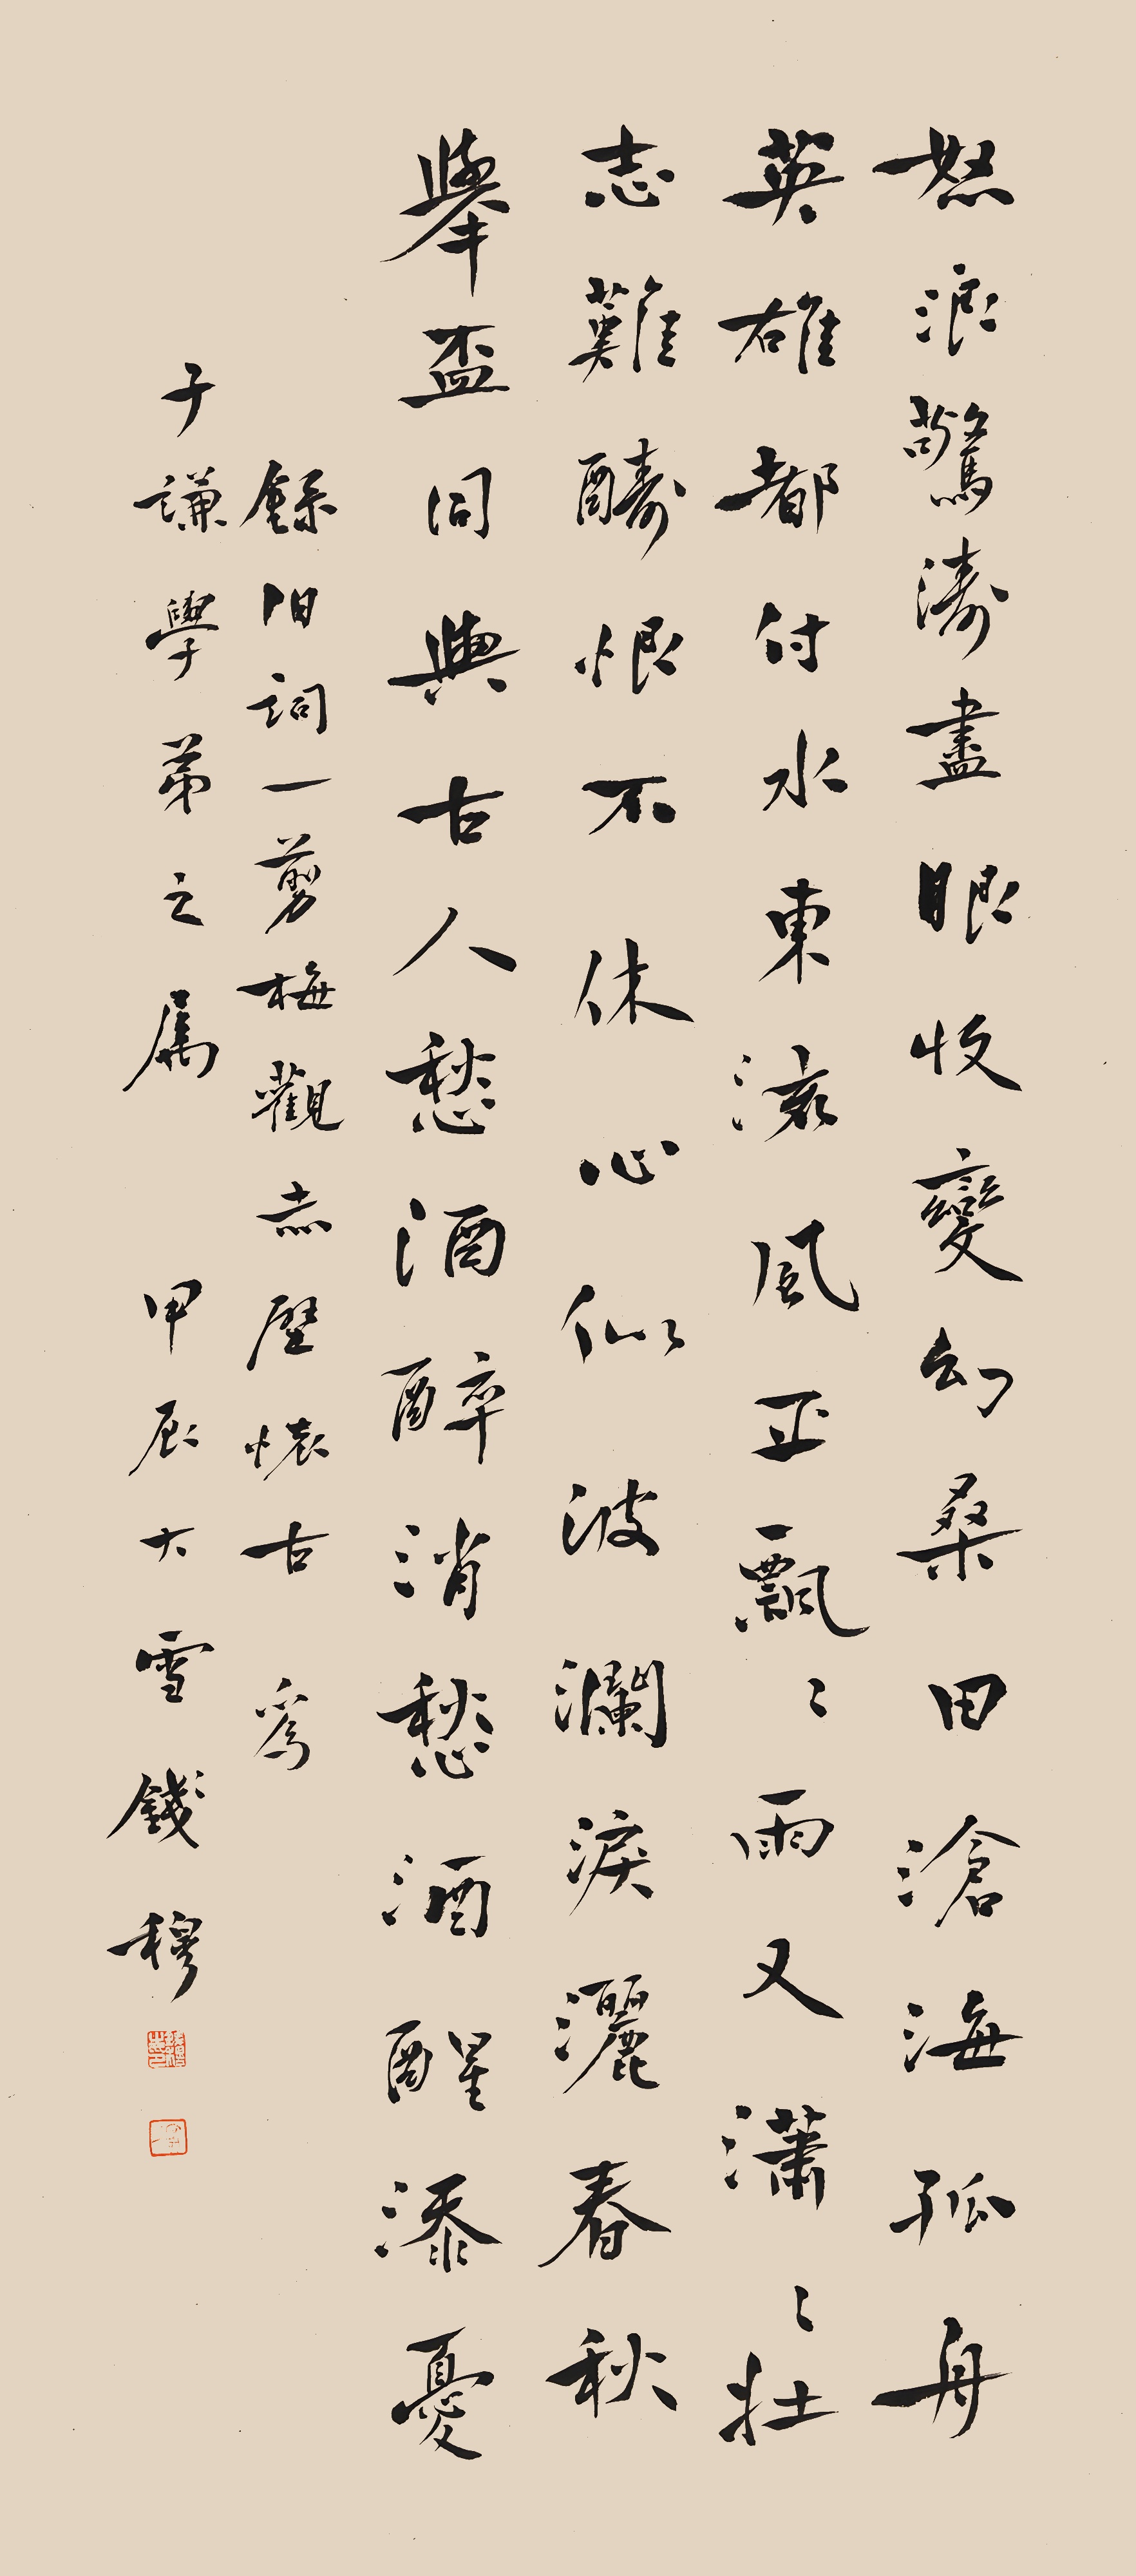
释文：怒浪惊涛尽眼收，变幻桑田，沧海孤舟。英雄都付水东流，风平飘飘，雨又潇潇。壮志难酬恨不休，心似波澜，泪洒春秋。举杯同与古人愁，酒醉消愁，酒醒添忧。录旧词《一剪梅·观赤壁怀古》，为子谦学弟之属。甲辰大雪，钱穆。